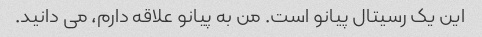
این یک رسیتال پیانو است. من به پیانو علاقه دارم، می دانید.